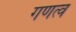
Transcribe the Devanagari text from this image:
गणत्व